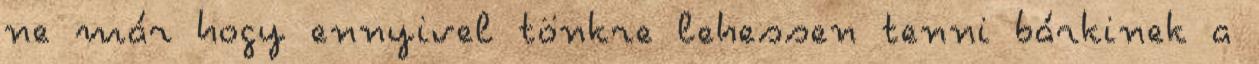
ne már hogy ennyivel tönkre lehessen tenni bárkinek a